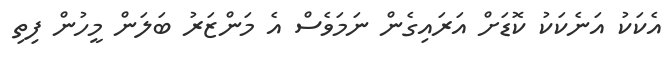
އެކަކު އަނެކަކު ކޮޑަށް އަރައިގެން ނަމަވެސް އެ މަންޒަރު ބަލަން މީހުން ފިތި